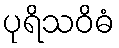
ပုရိသဝိဓံ